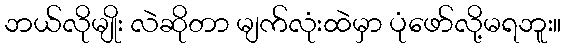
ဘယ်လိုမျိုး လဲဆိုတာ မျက်လုံးထဲမှာ ပုံဖော်လို့မရဘူး။